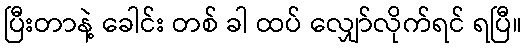
ပြီးတာနဲ့ ခေါင်း တစ် ခါ ထပ် လျှော်လိုက်ရင် ရပြီ။